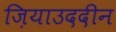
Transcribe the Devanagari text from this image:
ज़ियाउददीन